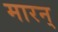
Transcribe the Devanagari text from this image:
मारन्